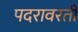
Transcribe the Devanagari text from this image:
पदरावरती